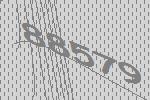
88579